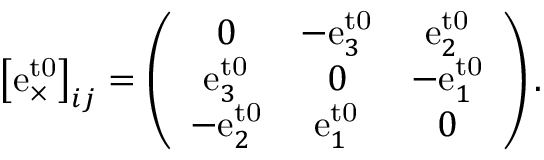
\left[ \mathrm { e } _ { \times } ^ { \mathrm { t 0 } } \right] _ { i j } = \left( \begin{array} { c c c } { 0 } & { - \mathrm { e } _ { 3 } ^ { \mathrm { t 0 } } } & { \mathrm { e } _ { 2 } ^ { \mathrm { t 0 } } } \\ { \mathrm { e } _ { 3 } ^ { \mathrm { t 0 } } } & { 0 } & { - \mathrm { e } _ { 1 } ^ { \mathrm { t 0 } } } \\ { - \mathrm { e } _ { 2 } ^ { \mathrm { t 0 } } } & { \mathrm { e } _ { 1 } ^ { \mathrm { t 0 } } } & { 0 } \end{array} \right) .